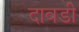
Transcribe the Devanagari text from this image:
दावडी